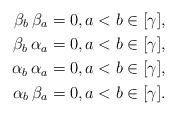
LaTeX: \begin{align*} \beta_b \, \beta_a & = 0, a < b \in [\gamma], \\ \beta_b \, \alpha_a & = 0, a < b \in [\gamma], \\ \alpha_b \, \alpha_a & = 0, a < b \in [\gamma], \\ \alpha_b \, \beta_a & = 0, a < b \in [\gamma]. \end{align*}